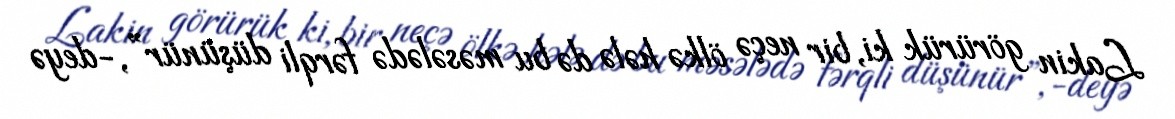
Lakin görürük ki, bir neçə ölkə hələ də bu məsələdə fərqli düşünür”,-deyə